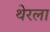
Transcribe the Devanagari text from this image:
थेरला